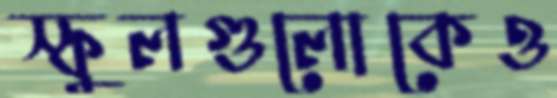
স্কুলগুলোকেও